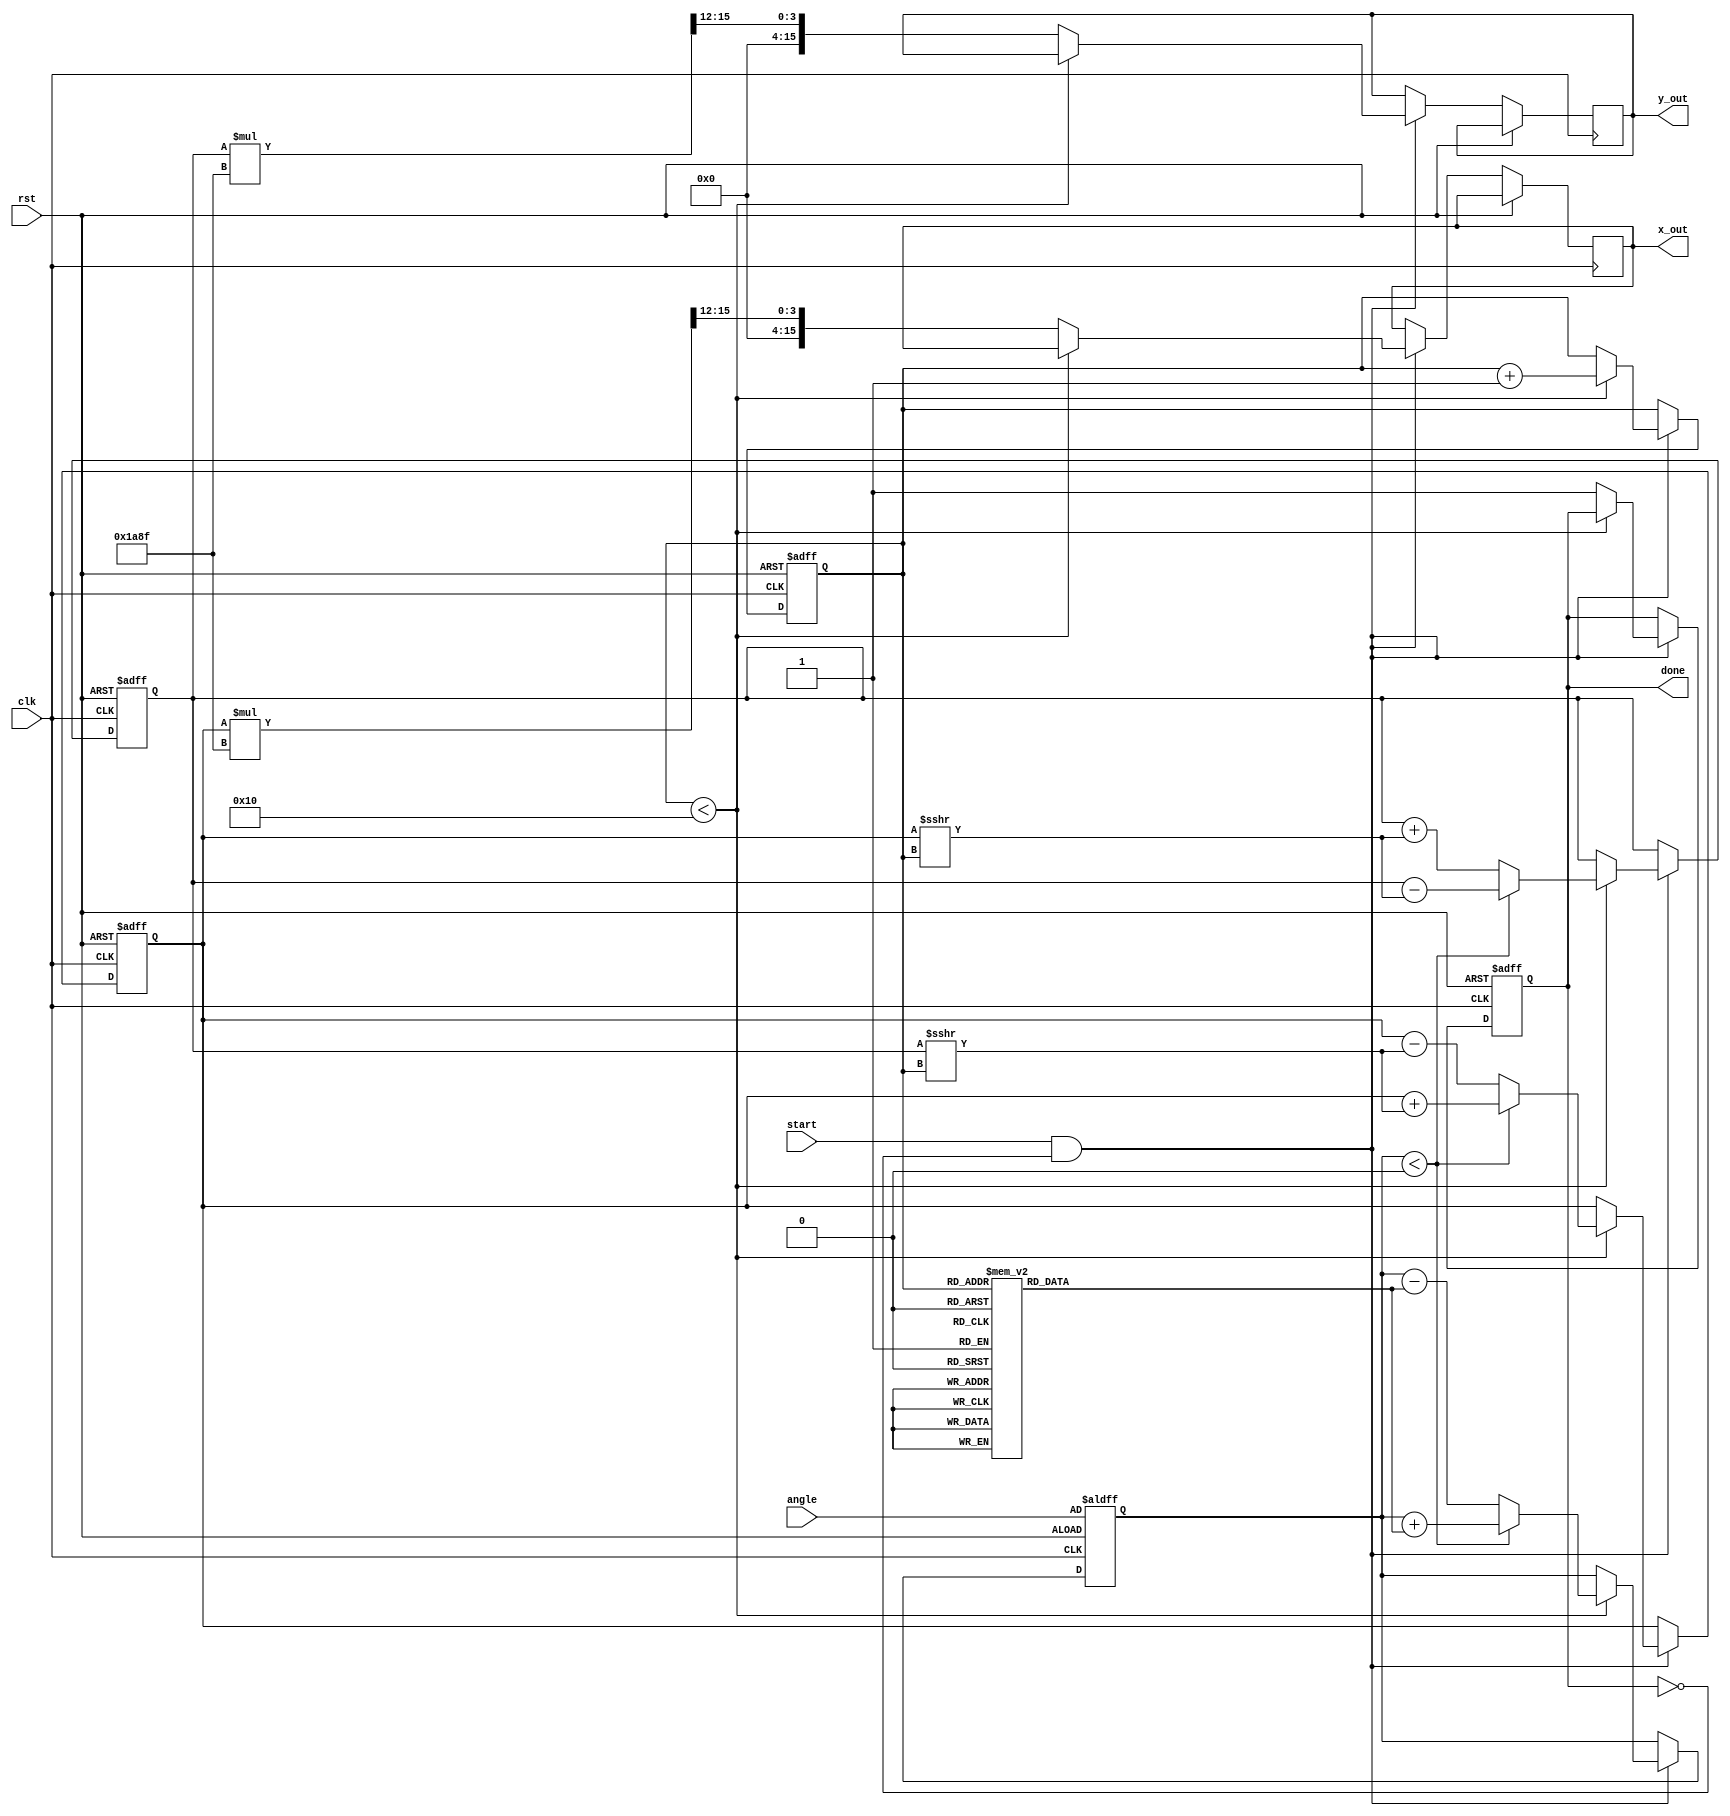
module adaptive_cordic (
    input clk,
    input rst,
    input start,
    input [15:0] angle,   // Input angle in fixed-point format
    output reg [15:0] x_out,
    output reg [15:0] y_out,
    output reg done
);
    
    // Parameters
    parameter NUM_ITERATIONS = 16;            // Number of CORDIC iterations
    parameter FIXED_POINT_FRACTIONAL_BITS = 12; // Number of bits for fractional part
    parameter SCALE_FACTOR = 16'h1A8F; // Scaling factor for CORDIC (approx. 1.64676)

    // Internal registers
    reg [15:0] x, y, z;
    reg [3:0] iteration;  // Current iteration counter
    reg [15:0] atan_table [0:NUM_ITERATIONS-1];  // Arctangent lookup table
    
    initial begin
        // Precompute arctangent values for CORDIC algorithm
        atan_table[0] = 16'h3243; // atan(2^-0)
        atan_table[1] = 16'h1DAC; // atan(2^-1)
        atan_table[2] = 16'h0F9F; // atan(2^-2)
        // Fill in the rest of the table up to atan(2^-15)
        // ...
    end

    // State machine to control iterations
    always @(posedge clk or posedge rst) begin
        if (rst) begin
            x <= 16'h1 << FIXED_POINT_FRACTIONAL_BITS; // Initial x = 1.0 in fixed-point
            y <= 0;                                     // Initial y = 0.0
            z <= angle;                                 // Load input angle
            iteration <= 0;                             // Reset iteration counter
            done <= 0;                                  // Reset done signal
        end else if (start && !done) begin
            // CORDIC Iteration process
            if (iteration < NUM_ITERATIONS) begin
                // Compute rotation direction
                if (z < 0) begin
                    x <= x + (y >>> iteration);
                    y <= y - (x >>> iteration);
                    z <= z + atan_table[iteration];
                end else begin
                    x <= x - (y >>> iteration);
                    y <= y + (x >>> iteration);
                    z <= z - atan_table[iteration];
                end
                iteration <= iteration + 1; // Move to the next iteration
            end else begin
                // Apply scaling factor after all iterations
                x_out <= x * SCALE_FACTOR >> FIXED_POINT_FRACTIONAL_BITS; // Scale x
                y_out <= y * SCALE_FACTOR >> FIXED_POINT_FRACTIONAL_BITS; // Scale y
                done <= 1;  // Signal that processing is done
            end
        end
    end

endmodule